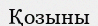
Қозыны